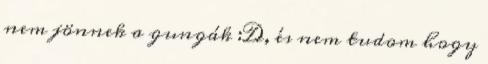
nem jönnek a gungák :D, és nem tudom hogy